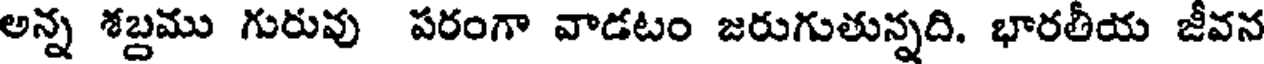
అన్న శబ్దము గురువు పరంగా వాడటం జరుగుతున్నది. భారతీయ జీవన